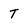
Character: T